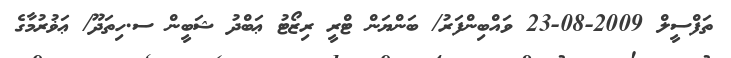
ތަފްސީލް 2009-08-23 ވައްބިންފަރު/ ބަންޔަން ޓްރީ ރިޒޯޓު ޢަބްދު ޝަބީން ސ.ހިތަދޫ/ ޢަޥުރުމާގެ